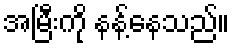
အမြီးကို နန့်နေသည်။